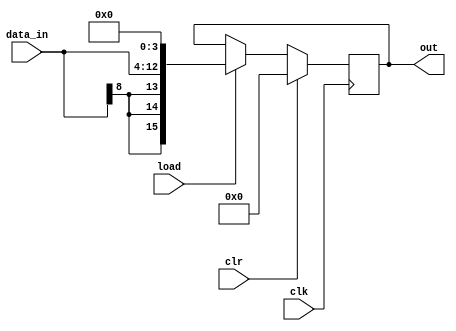
`timescale 1ns/1ps

module pp_reg3(clk, clr, data_in, load, out);
    input clk, clr, load;
    output reg [15:0]out;
    input [8:0]data_in;
    
    always@(posedge clk)
    begin
        if(clr)begin
            out <= 0;
            end
        else if(load)
            begin
//                out[3:0] <= 4'b0;
//                out[12:4] <= data_in;
//                out[15:13] <= data_in[8];
                out <= {data_in[8],data_in[8],data_in[8],data_in,4'b0};
             end
        else
            out <= out; 
    end
endmodule